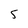
Character: 5